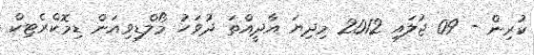
ކުރިން - 09 ޖުލައި 2012 މިދިޔަ އާދީއްތަ ދުވަހު މޯލްޑިވިއަން ޑިމޮކްރެޓިކް